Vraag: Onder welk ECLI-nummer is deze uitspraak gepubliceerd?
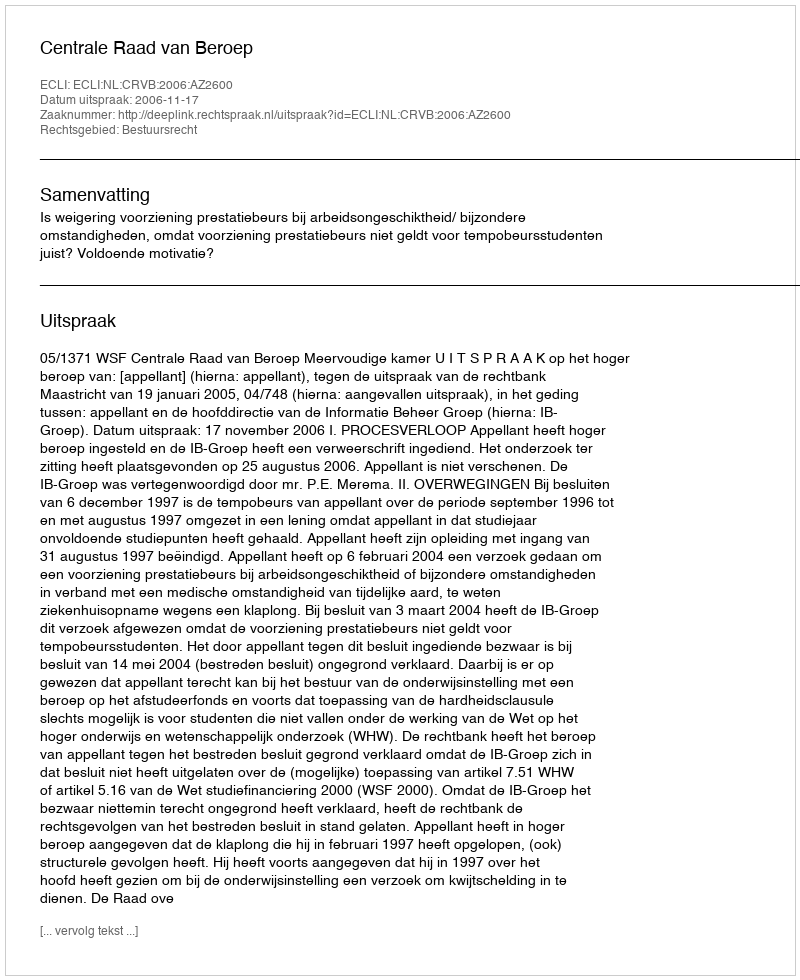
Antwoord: ECLI:NL:CRVB:2006:AZ2600